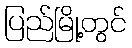
ပြည်မြို့တွင်